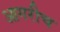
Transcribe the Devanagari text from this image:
आगरीच